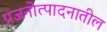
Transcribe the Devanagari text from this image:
प्रजनोत्पादनातील